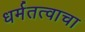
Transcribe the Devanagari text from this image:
धर्मतत्वाचा